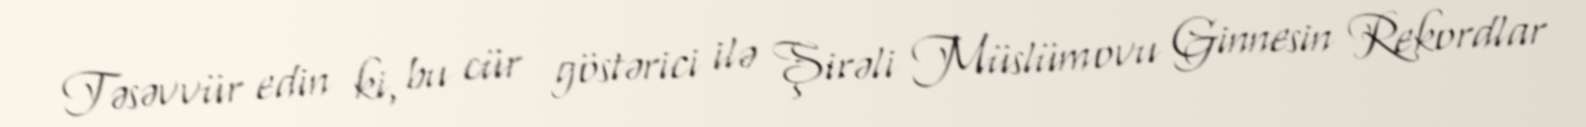
Təsəvvür edin ki, bu cür göstərici ilə Şirəli Müslümovu Ginnesin Rekordlar